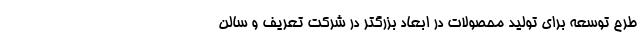
طرح توسعه برای تولید محصولات در ابعاد بزرگتر در شرکت تعریف و سالن